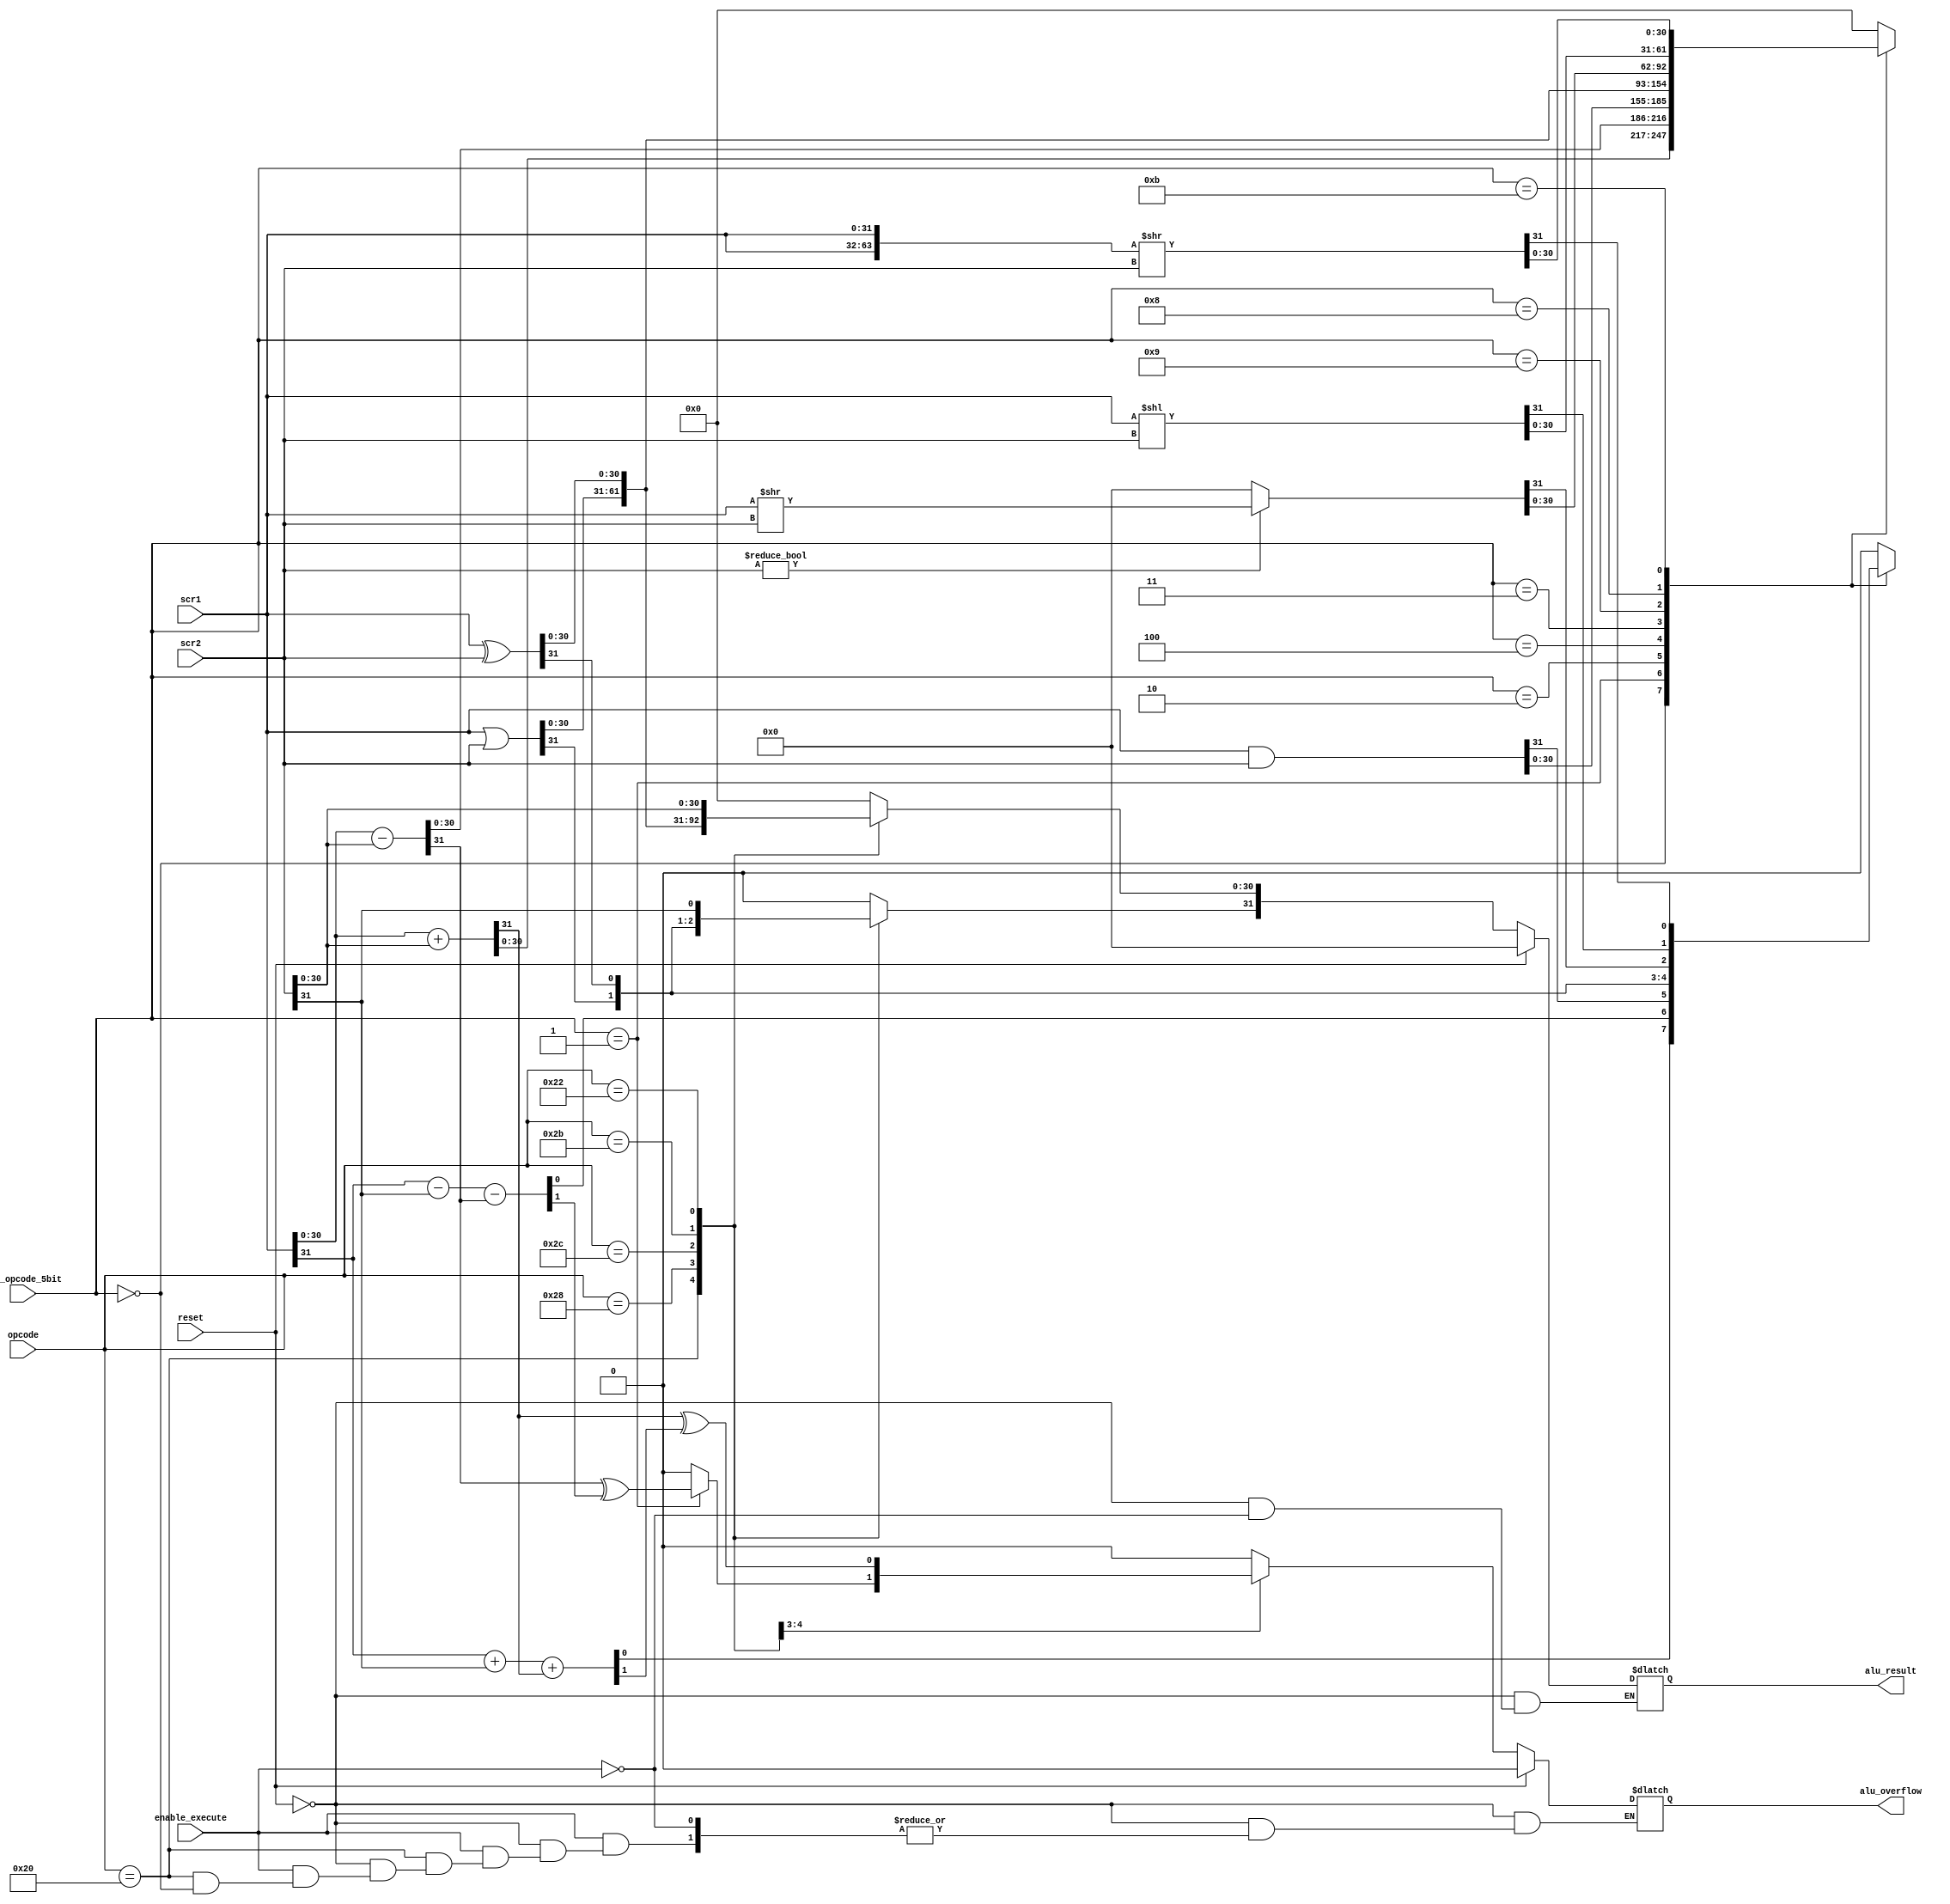
module alu32(alu_result,alu_overflow,scr1,scr2,opcode,sub_opcode_5bit, enable_execute,reset);
  parameter TYPE_BASIC=6'b100000;
  parameter NOP=5'b01001, ADD=5'b00000, SUB=5'b00001, AND=5'b00010,
            OR=5'b00100, XOR=5'b00011, SRLI=5'b01001, SLLI=5'b01000,
            ROTRI=5'b01011;

  parameter ADDI=6'b101000, ORI=6'b101100, XORI=6'b101011, LWI=6'b000010, SWI=6'b001010;

  parameter MOVI=6'b100010;

  parameter TYPE_LS=6'b011100;
  parameter LW=8'b00000010, SW=8'b00001010;

  output [31:0]alu_result;
  output alu_overflow;
  
  input [31:0]scr1,scr2;
  input [5:0]opcode;
  input [4:0]sub_opcode_5bit;
  input reset;
  input enable_execute;
  
  reg [31:0]alu_result;
  reg alu_overflow;
  reg [63:0]rotate;
  reg a,b;
  
  always @ ( reset or enable_execute or opcode or sub_opcode_5bit or scr1 or scr2 )begin
    if(reset)begin
      alu_result=32'b0;
      alu_overflow=1'b0;
    end
    else if(enable_execute)begin
      case(opcode)
        TYPE_BASIC : case (sub_opcode_5bit)
                      ADD   : begin
                                {a,alu_result[30:0]}=scr1[30:0]+scr2[30:0];
                                {b,alu_result[31]}=scr1[31]+scr2[31]+a;
                              end
                      SUB   : begin
                                {a,alu_result[30:0]}=scr1[30:0]-scr2[30:0];
                                {b,alu_result[31]}=scr1[31]-scr2[31]-a;
                                alu_overflow=a^b;
                              end
                      AND   : begin
                                alu_overflow=1'b0;
                                alu_result=scr1&scr2;
                              end
                      OR    : begin
                                alu_overflow=1'b0;
                                alu_result=scr1|scr2;
                              end
                      XOR   : begin
                                alu_overflow=1'b0;
                                alu_result=scr1^scr2;
                              end
                      SRLI  : begin
                                if(scr2!=0)begin 
                                  alu_overflow=1'b0;
                                  alu_result=scr1>>scr2;
                                      end
                    //NOP   :
                                      else begin
                                  alu_result=32'b0;
                                  alu_overflow=1'b0;
                                end
                              end
                      SLLI  : begin
                                alu_overflow=1'b0;
                                alu_result=scr1<<scr2;
                              end
                      ROTRI : begin
                                alu_overflow=1'b0;
                                rotate={scr1,scr1}>>scr2;
                                alu_result=rotate[31:0];
                              end
                      default : begin
                                  alu_overflow=1'b0;
                                  alu_result=32'b0;
                              end
                    endcase
        ADDI       : begin
                       {a,alu_result[30:0]}=scr1[30:0]+scr2[30:0];
                       {b,alu_result[31]}=scr1[31]+scr2[31]+a;
                       alu_overflow=a^b;
                     end
        ORI        : begin
                       alu_overflow=1'b0;
                       alu_result=scr1|scr2;
                     end
        XORI       : begin
                       alu_overflow=1'b0;
                       alu_result=scr1^scr2;
                     end
        MOVI       : begin
                       alu_overflow=1'b0;
                       alu_result[31:0]=scr2[31:0];
                     end
        default    : begin
                         alu_overflow=1'b0;
                         alu_result=32'b0;
                     end
      endcase
    end
//    else begin
//      alu_result=32'b0;
//      alu_overflow=1'b0;
//    end
  end
endmodule